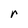
Character: r